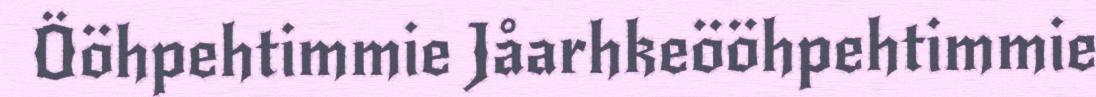
Ööhpehtimmie Jåarhkeööhpehtimmie